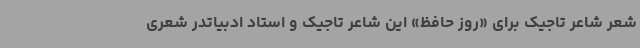
شعر شاعر تاجیک برای «روز حافظ» این شاعر تاجیک و استاد ادبیاتدر شعری